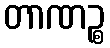
တာဏဉ္စ